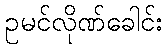
ဥမင်လိုဏ်ခေါင်း